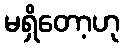
မရှိတော့ဟု